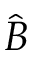
\hat { B }